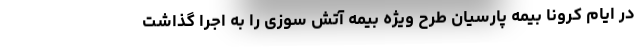
در ایام کرونا بیمه پارسیان طرح ویژه بیمه آتش سوزی را به اجرا گذاشت